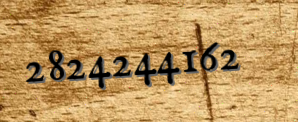
2824244162